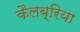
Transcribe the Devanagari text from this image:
कैलब्रिया